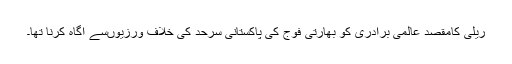
ریلی کامقصد عالمی برادری کو بھارتی فوج کی پاکستانی سرحد کی خلاف ورزیوںسے آگاہ کرنا تھا۔